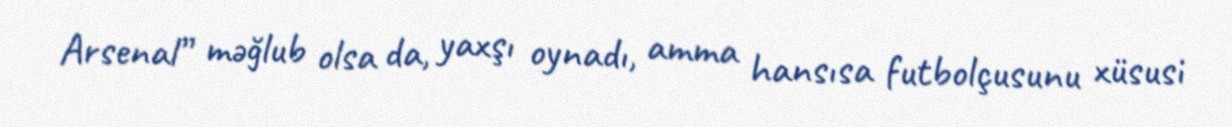
Arsenal” məğlub olsa da, yaxşı oynadı, amma hansısa futbolçusunu xüsusi